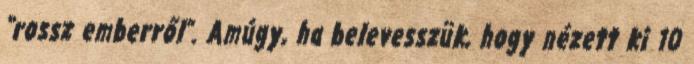
“rossz emberről”. Amúgy, ha belevesszük, hogy nézett ki 10